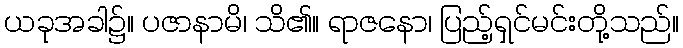
ယခုအခါ၌။ ပဇာနာမိ၊ သိ၏။ ရာဇနော၊ ပြည့်ရှင်မင်းတို့သည်။